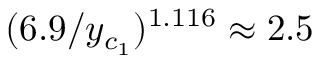
( 6 . 9 / y _ { c _ { 1 } } ) ^ { 1 . 1 1 6 } \approx 2 . 5